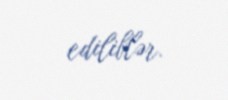
ediliblər.